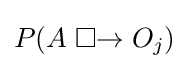
P(A\mathrel {\Box {\rightarrow }} O_{j})